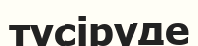
тусіруде